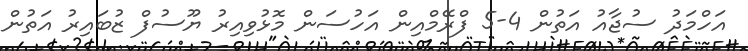
އަހްމަދު ސުޖާއު އަތުން 4-5 ފްރޭމްއިން އަހުސަން މޮޅުވިއިރު ޔޫސުފް ޒުބައިރު އަތުން